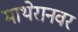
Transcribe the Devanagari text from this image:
माथेरानवर